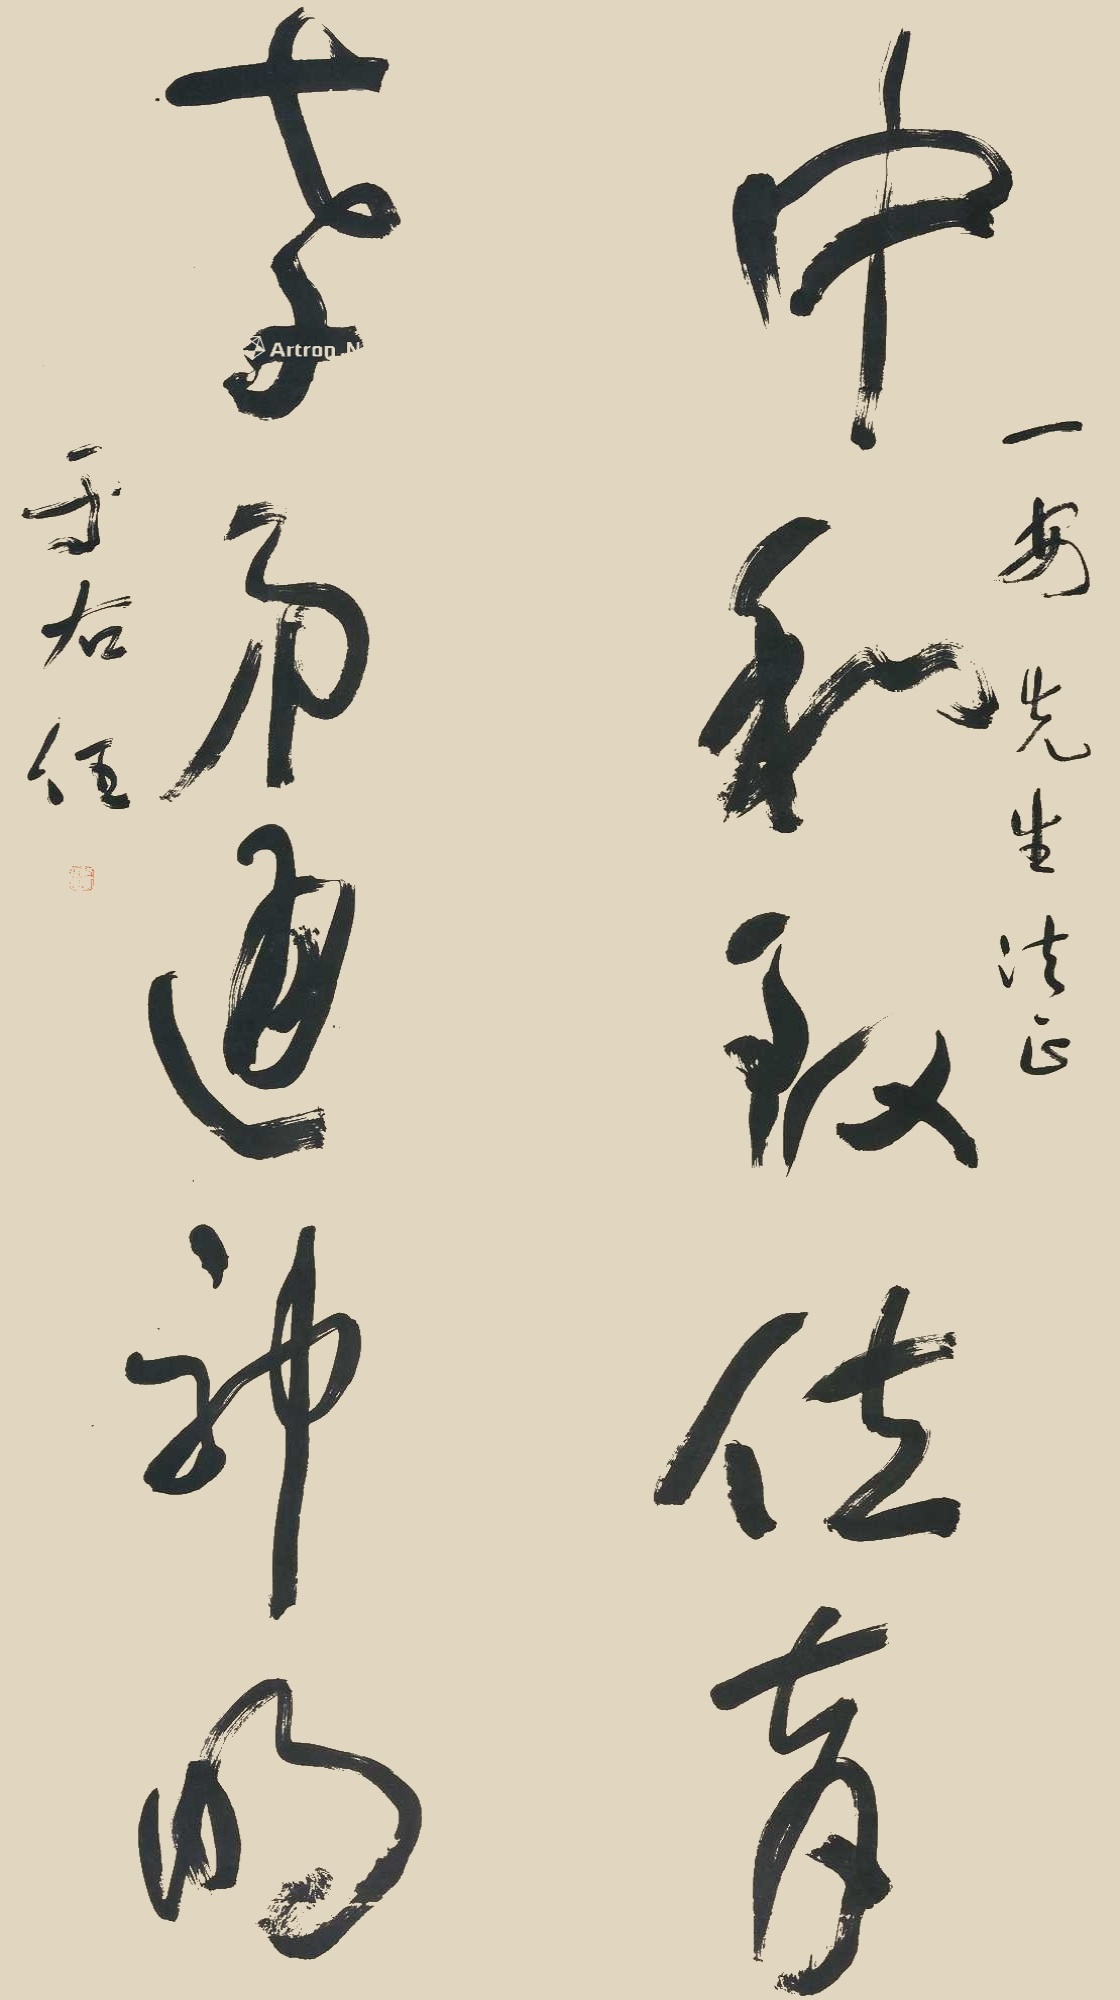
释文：中和致位育，孝弟通神明。一安先生法正，于右任。